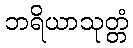
ဘရိယာသုတ္တံ